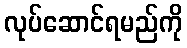
လုပ်ဆောင်ရမည်ကို